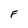
Character: F